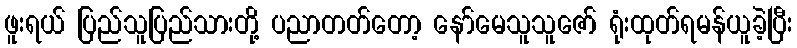
ဖူးရယ် ပြည်သူပြည်သားတို့ ပညာတတ်တော့ နော်မေသူသူဇော် ရုံးထုတ်ရမန်ယူခဲ့ပြီး